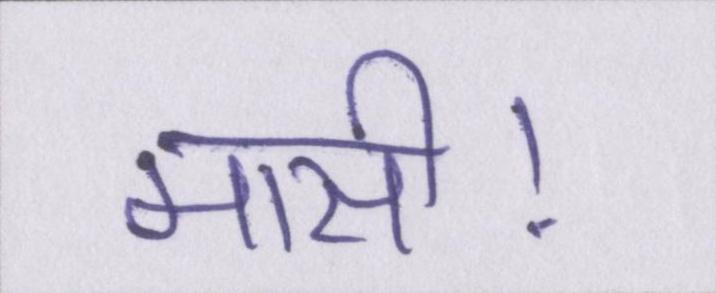
मासी।